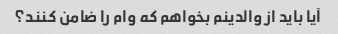
آیا باید از والدینم بخواهم که وام را ضامن کنند؟